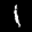
Label: 1